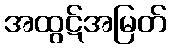
အထွဋ်အမြတ်